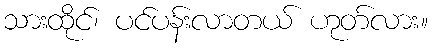
သားထိုင်၊ ပင်ပန်းလာတယ် ဟုတ်လား။